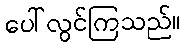
ပေါ်လွင်ကြသည်။